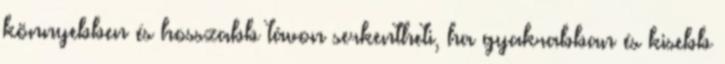
könnyebben és hosszabb távon serkentheti, ha gyakrabban és kisebb